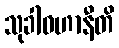
သုခါဝဟာနီတိ